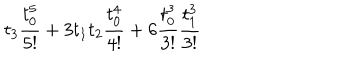
LaTeX: t _ { 3 } \frac { t _ { 0 } ^ { 5 } } { 5 ! } + 3 t _ { 1 } t _ { 2 } \frac { t _ { 0 } ^ { 4 } } { 4 ! } + 6 \frac { t _ { 0 } ^ { 3 } } { 3 ! } \frac { t _ { 1 } ^ { 3 } } { 3 ! }